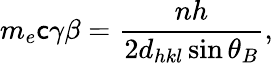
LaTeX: m_{e}\mathsf{c}\gamma\beta=\frac{{nh}}{{2d_{hkl}\sin\theta_{B}}},